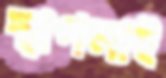
স্থাপনাই